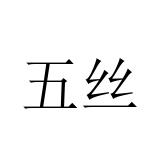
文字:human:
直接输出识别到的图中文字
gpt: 五丝